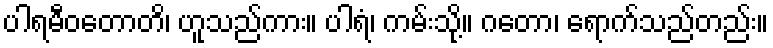
ပါရမီဝတောတိ၊ ဟူသည်ကား။ ပါရံ၊ ကမ်းသို့။ ဂတော၊ ရောက်သည်တည်း။